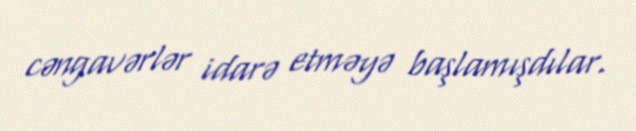
cəngavərlər idarə etməyə başlamışdılar.